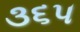
૩૬૫